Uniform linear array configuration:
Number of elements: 12
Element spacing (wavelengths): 1
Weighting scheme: exponential
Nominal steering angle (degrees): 30
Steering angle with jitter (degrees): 30.745
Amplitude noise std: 0.05
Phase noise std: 0.05

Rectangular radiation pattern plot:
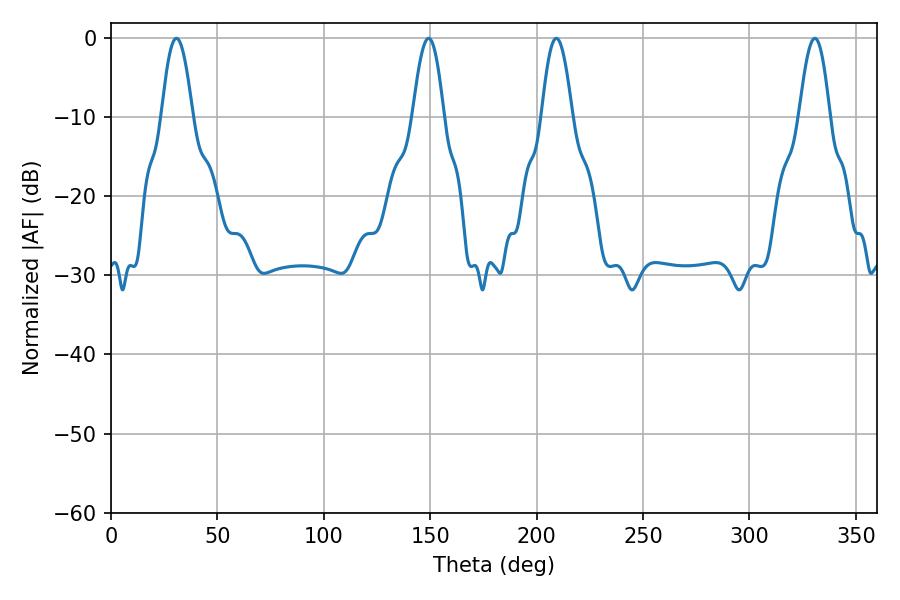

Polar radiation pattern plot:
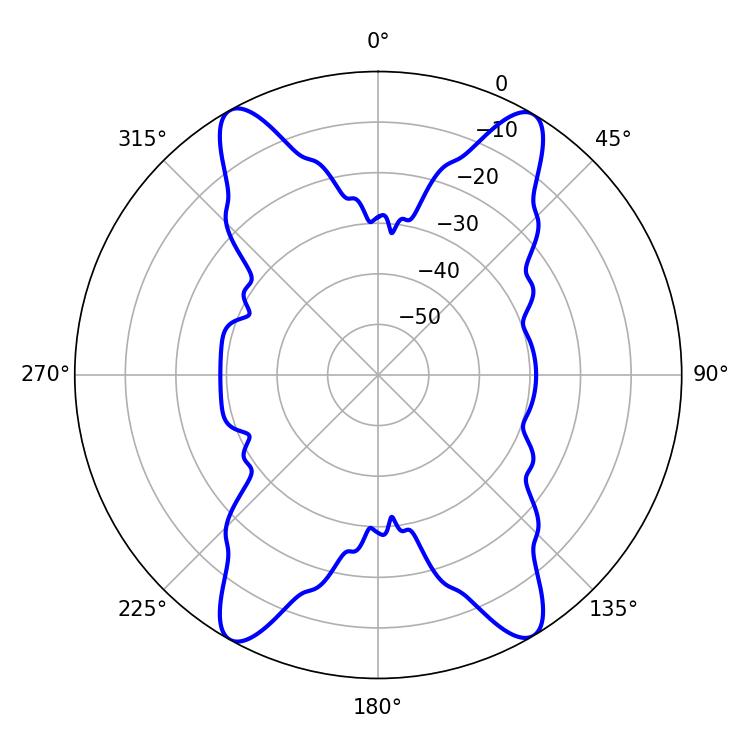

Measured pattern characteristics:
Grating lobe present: TRUE
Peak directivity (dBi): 22.615
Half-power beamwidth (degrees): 7.92
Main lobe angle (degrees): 30.78